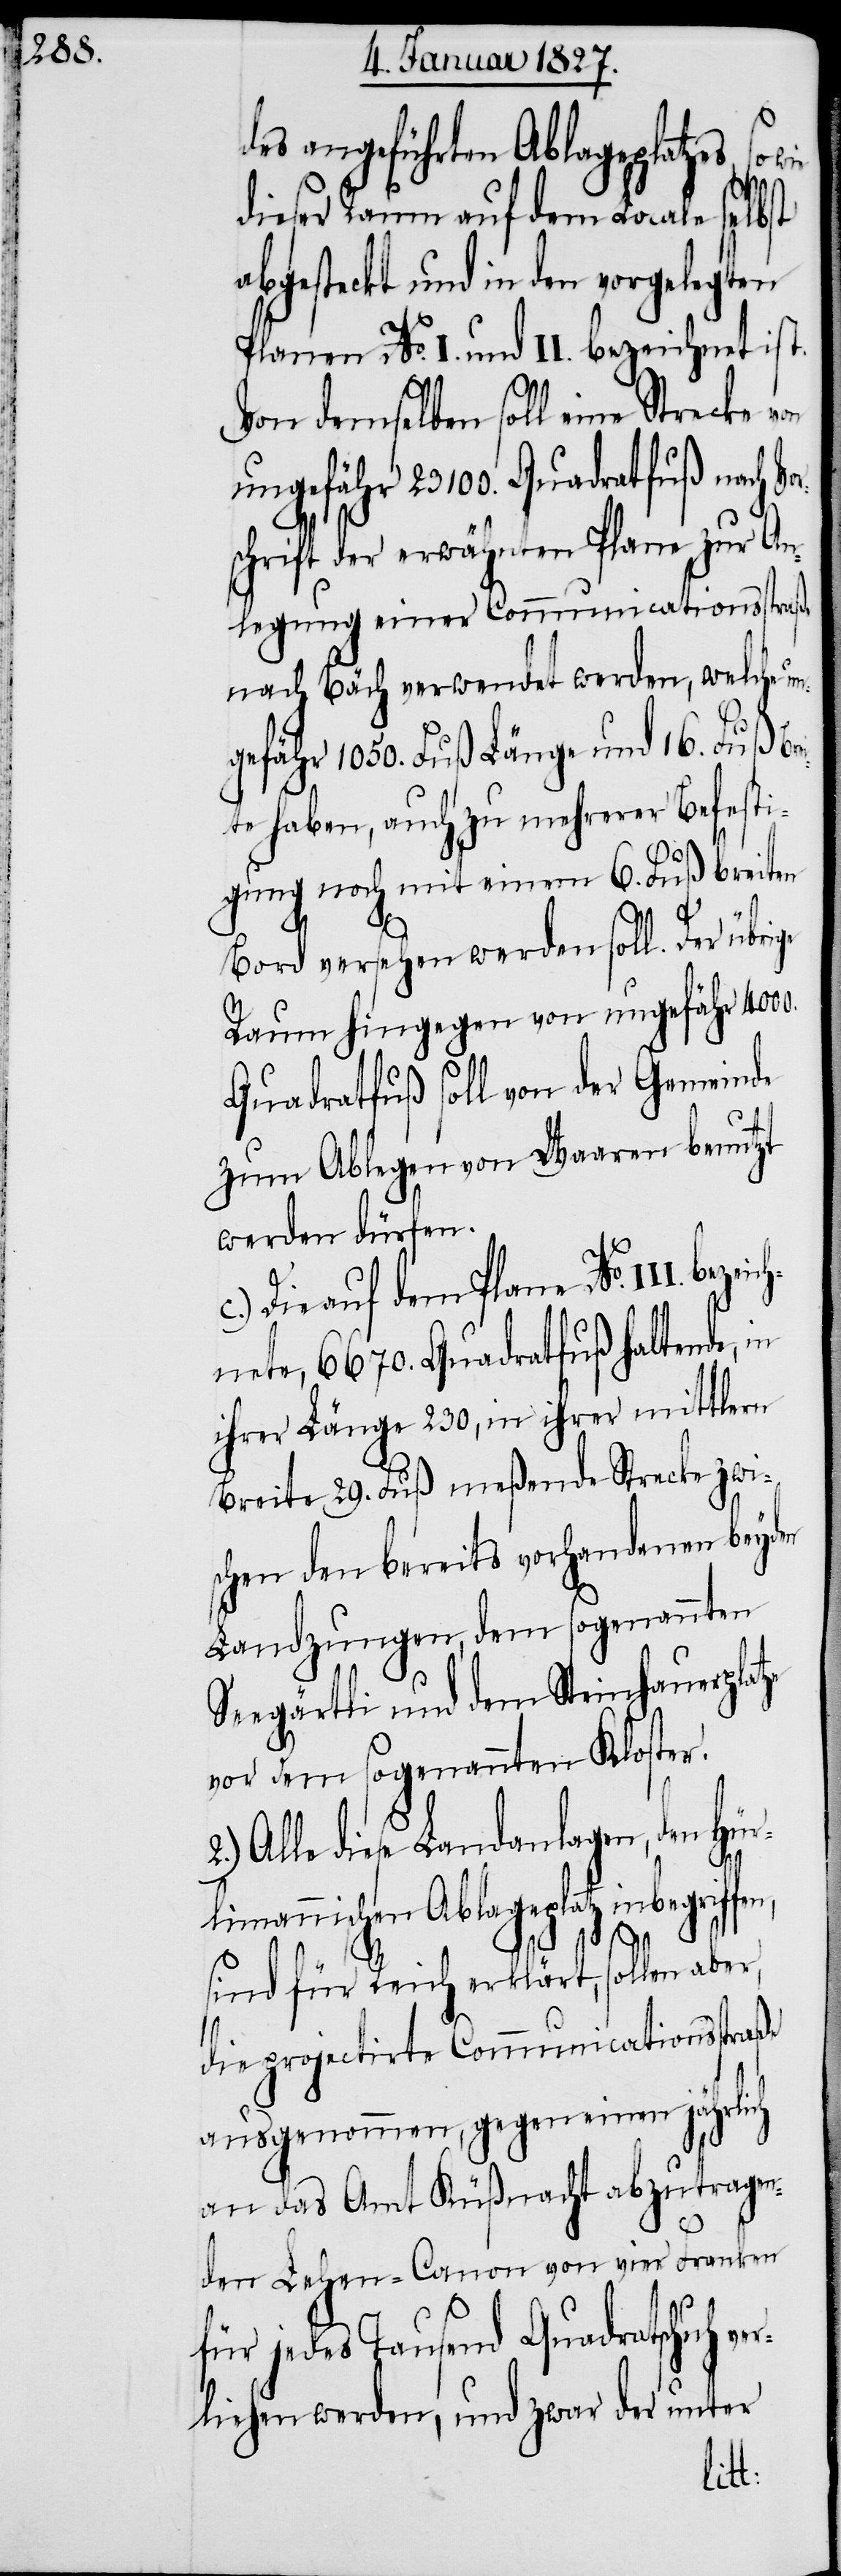
des angeführten Ablageplatzes, so
dieser Raum auf dem Locale selbst
abgesteckt und in den vorgelegten
Planen No. I. und II. bezeichnet ist.
Von demselben soll eine Strecke
ungefähr 23 100. Quadratfuß nach V¬
schrift der erwähnten Plane zur An¬
legung einer Communicationsstraße
nach Bäch verwendet werden, welche
gefähr 1050. Fuß Länge und 16. Fuß Br¬
te haben, auch zu mehrerer Befesti¬
gung noch mit einem 6. Fuß breiten
Bord versehen werden soll. Der übrige
Raum hingegen von ungefähr 4000.
Quadratfuß soll von der Gemeinde
zum Ablegen von Waaren benutzt
werden dürfen.
Die auf dem Plane No. III. be¬
nete, 6670. Quadratfuß haltende, in
ihrer Länge 230, in ihrer mittlern
Breite 29. Fuß meßende Strecke zwi¬
schen den bereits vorhandenen beyden
Landzungen, dem sogenannten
Seegärtli und dem Steinhauerplatze
vor dem sogenannten Kloster.
Alle diese Landanlagen, den Hür¬
limannischen Ablageplatz inbegriffen,
c.)
sind für Reich erklärt, sollen aber,
die projectirte Communicationsstraße
ausgenommen, gegen einen jährlich
an das Amt Küßnacht abzutragen¬
den Lehen-Canon von vier Franken
für jedes Tausend Quadratschuh ve¬
rliehen werden, und zwar der unter
zeich¬